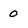
Character: 0